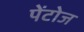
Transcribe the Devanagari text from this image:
पेंटोज